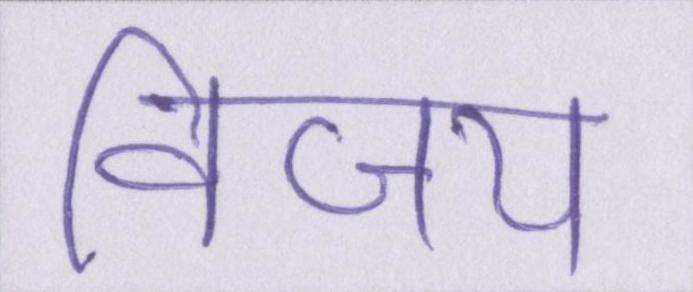
विजय